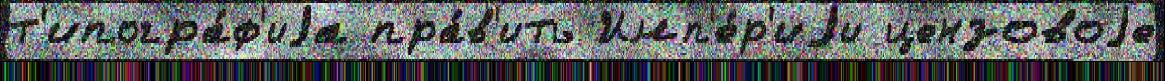
т'ипогра́ф'иjа пра́в'ить Имп'е́р'иjи цензовоjе